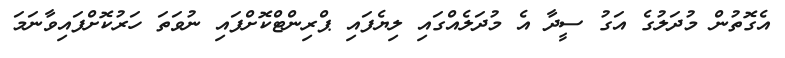
އެގޮތުން މުދަލުގެ އަގު ސީދާ އެ މުދަލެއްގައި ލިޔެފައި ޕްރިންޓްކޮށްފައި ނުވަތަ ހަރުކޮށްފައިވާނަމަ